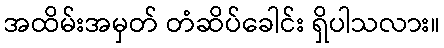
အထိမ်းအမှတ် တံဆိပ်ခေါင်း ရှိပါသလား။